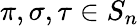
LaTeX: \pi,\sigma,\tau\in S_{n}